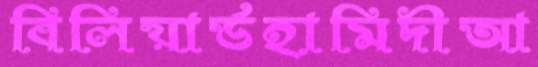
বিলিয়ার্ডহামিদীআ